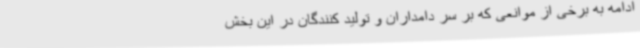
ادامه به برخی از موانعی که بر سر دامداران و تولید کنندگان در این بخش